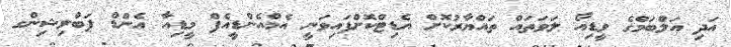
އަދި އަލްބަމްގެ ވީޑިއޯ ލަވަތައް ތައްޔާރުކޮށް އެޑިޓްކޮށްފައިވަނީ އެމްއެންޑީއެފް މީޑިއާ އެންޑް ޕަބްލިޝިންގ